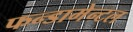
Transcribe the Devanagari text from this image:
फन्डामेन्टल